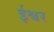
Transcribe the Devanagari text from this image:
र्इश्वर